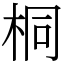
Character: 桐